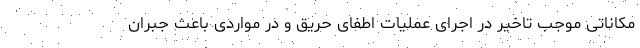
مکاناتی موجب تاخیر در اجرای عملیات اطفای حریق و در مواردی باعث جبران